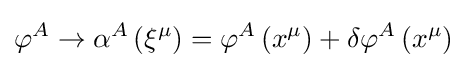
\varphi ^{A}\rightarrow \alpha ^{A}\left(\xi ^{\mu }\right)=\varphi ^{A}\left(x^{\mu }\right)+\delta \varphi ^{A}\left(x^{\mu }\right)